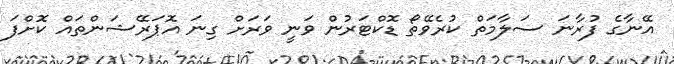
އޭނާގެ ފުރާނަ ސަލާމަތް ކުރެވޭތޯ ޑޮކްޓަރުން ވަނީ ވަރަށް ގިނަ އޮޕަރޭޝަންތައް ކޮށްފަ